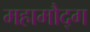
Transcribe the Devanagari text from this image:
महामौद्ग